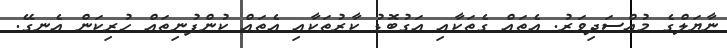
ނާޔަލްގެ މުއްސަދިވަރު. އެތައް ގެތަކާއި އަގުބޮޑު ކާރުތަކާއި އެތައް ކުންފުނިތައް ހުރިކަން އެނގޭ.